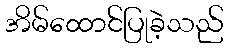
အိမ်ထောင်ပြုခဲ့သည်